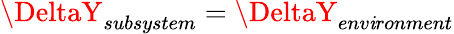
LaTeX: \DeltaY_{subsystem}=\DeltaY_{env\mathit{i}ronment}